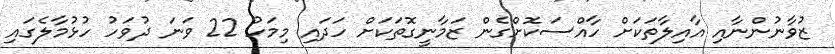
ޒުވާނުންނާއި އާއިލާތަކަށް ހާއްސަކޮށްގެން ޒަމާނީގޮތަކަށް ހަދައި މިމަހު 22 ވަނަ ދުވަހު ހުޅުމާލެގައި